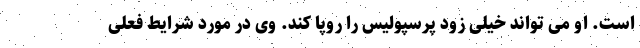
است. او می تواند خیلی زود پرسپولیس را روپا کند. وی در مورد شرایط فعلی